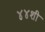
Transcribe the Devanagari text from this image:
४४शी